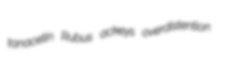
tanacetin Rubus ackeys overdistention